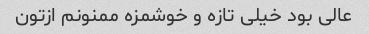
عالی بود خیلی تازه و خوشمزه ممنونم ازتون